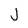
Character: j